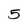
Character: 5